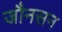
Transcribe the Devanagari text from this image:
जौनसन